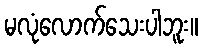
မလုံလောက်သေးပါဘူး။